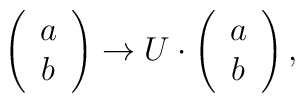
\left(\begin{array}{c} {a}\\ {b} \end{array}\right)\to U\cdot \left(\begin{array}{c} a\\ b \end{array}\right),